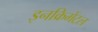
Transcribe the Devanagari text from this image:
इनक्रिमेंटल